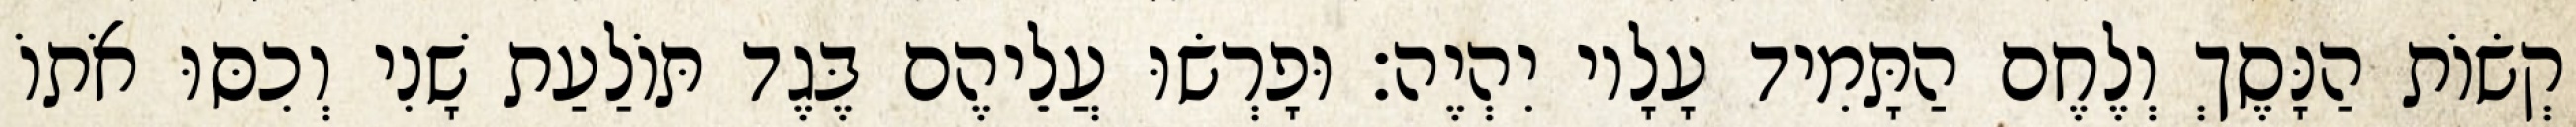
קְשׂוֹת הַנָּסֶךְ וְלֶחֶם הַתָּמִיד עָלָיו יִהְיֶה׃ וּפָרְשׂוּ עֲלֵיהֶם בֶּגֶד תּוֹלַעַת שָׁנִי וְכִסּוּ אֹתוֹ